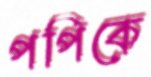
পপিকে